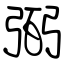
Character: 弼